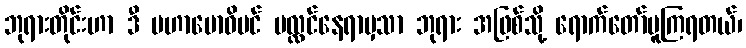
ဘုရားတိုင်းဟာ ဒီ မဟာဗောဓိပင် ပလ္လင်နေရာမှသာ ဘုရား အဖြစ်သို့ ရောက်တော်မူကြရတယ်၊